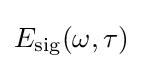
E_{\text{sig}}(\omega ,\tau )